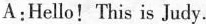
A:Hello!This is Judy.